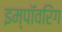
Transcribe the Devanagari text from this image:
इम्पॉवरिंग